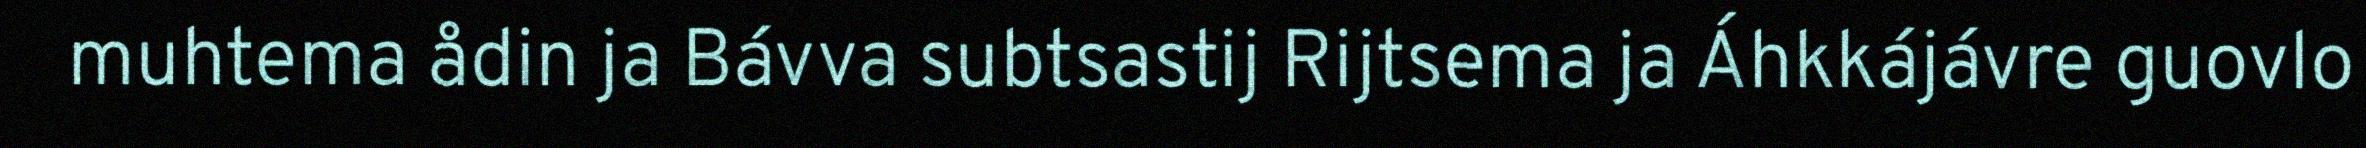
muhtema ådin ja Bávva subtsastij Rijtsema ja Áhkkájávre guovlo